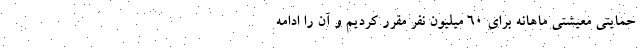
حمایتی معیشتی ماهانه برای ۶۰ میلیون نفر مقرر کردیم و آن را ادامه